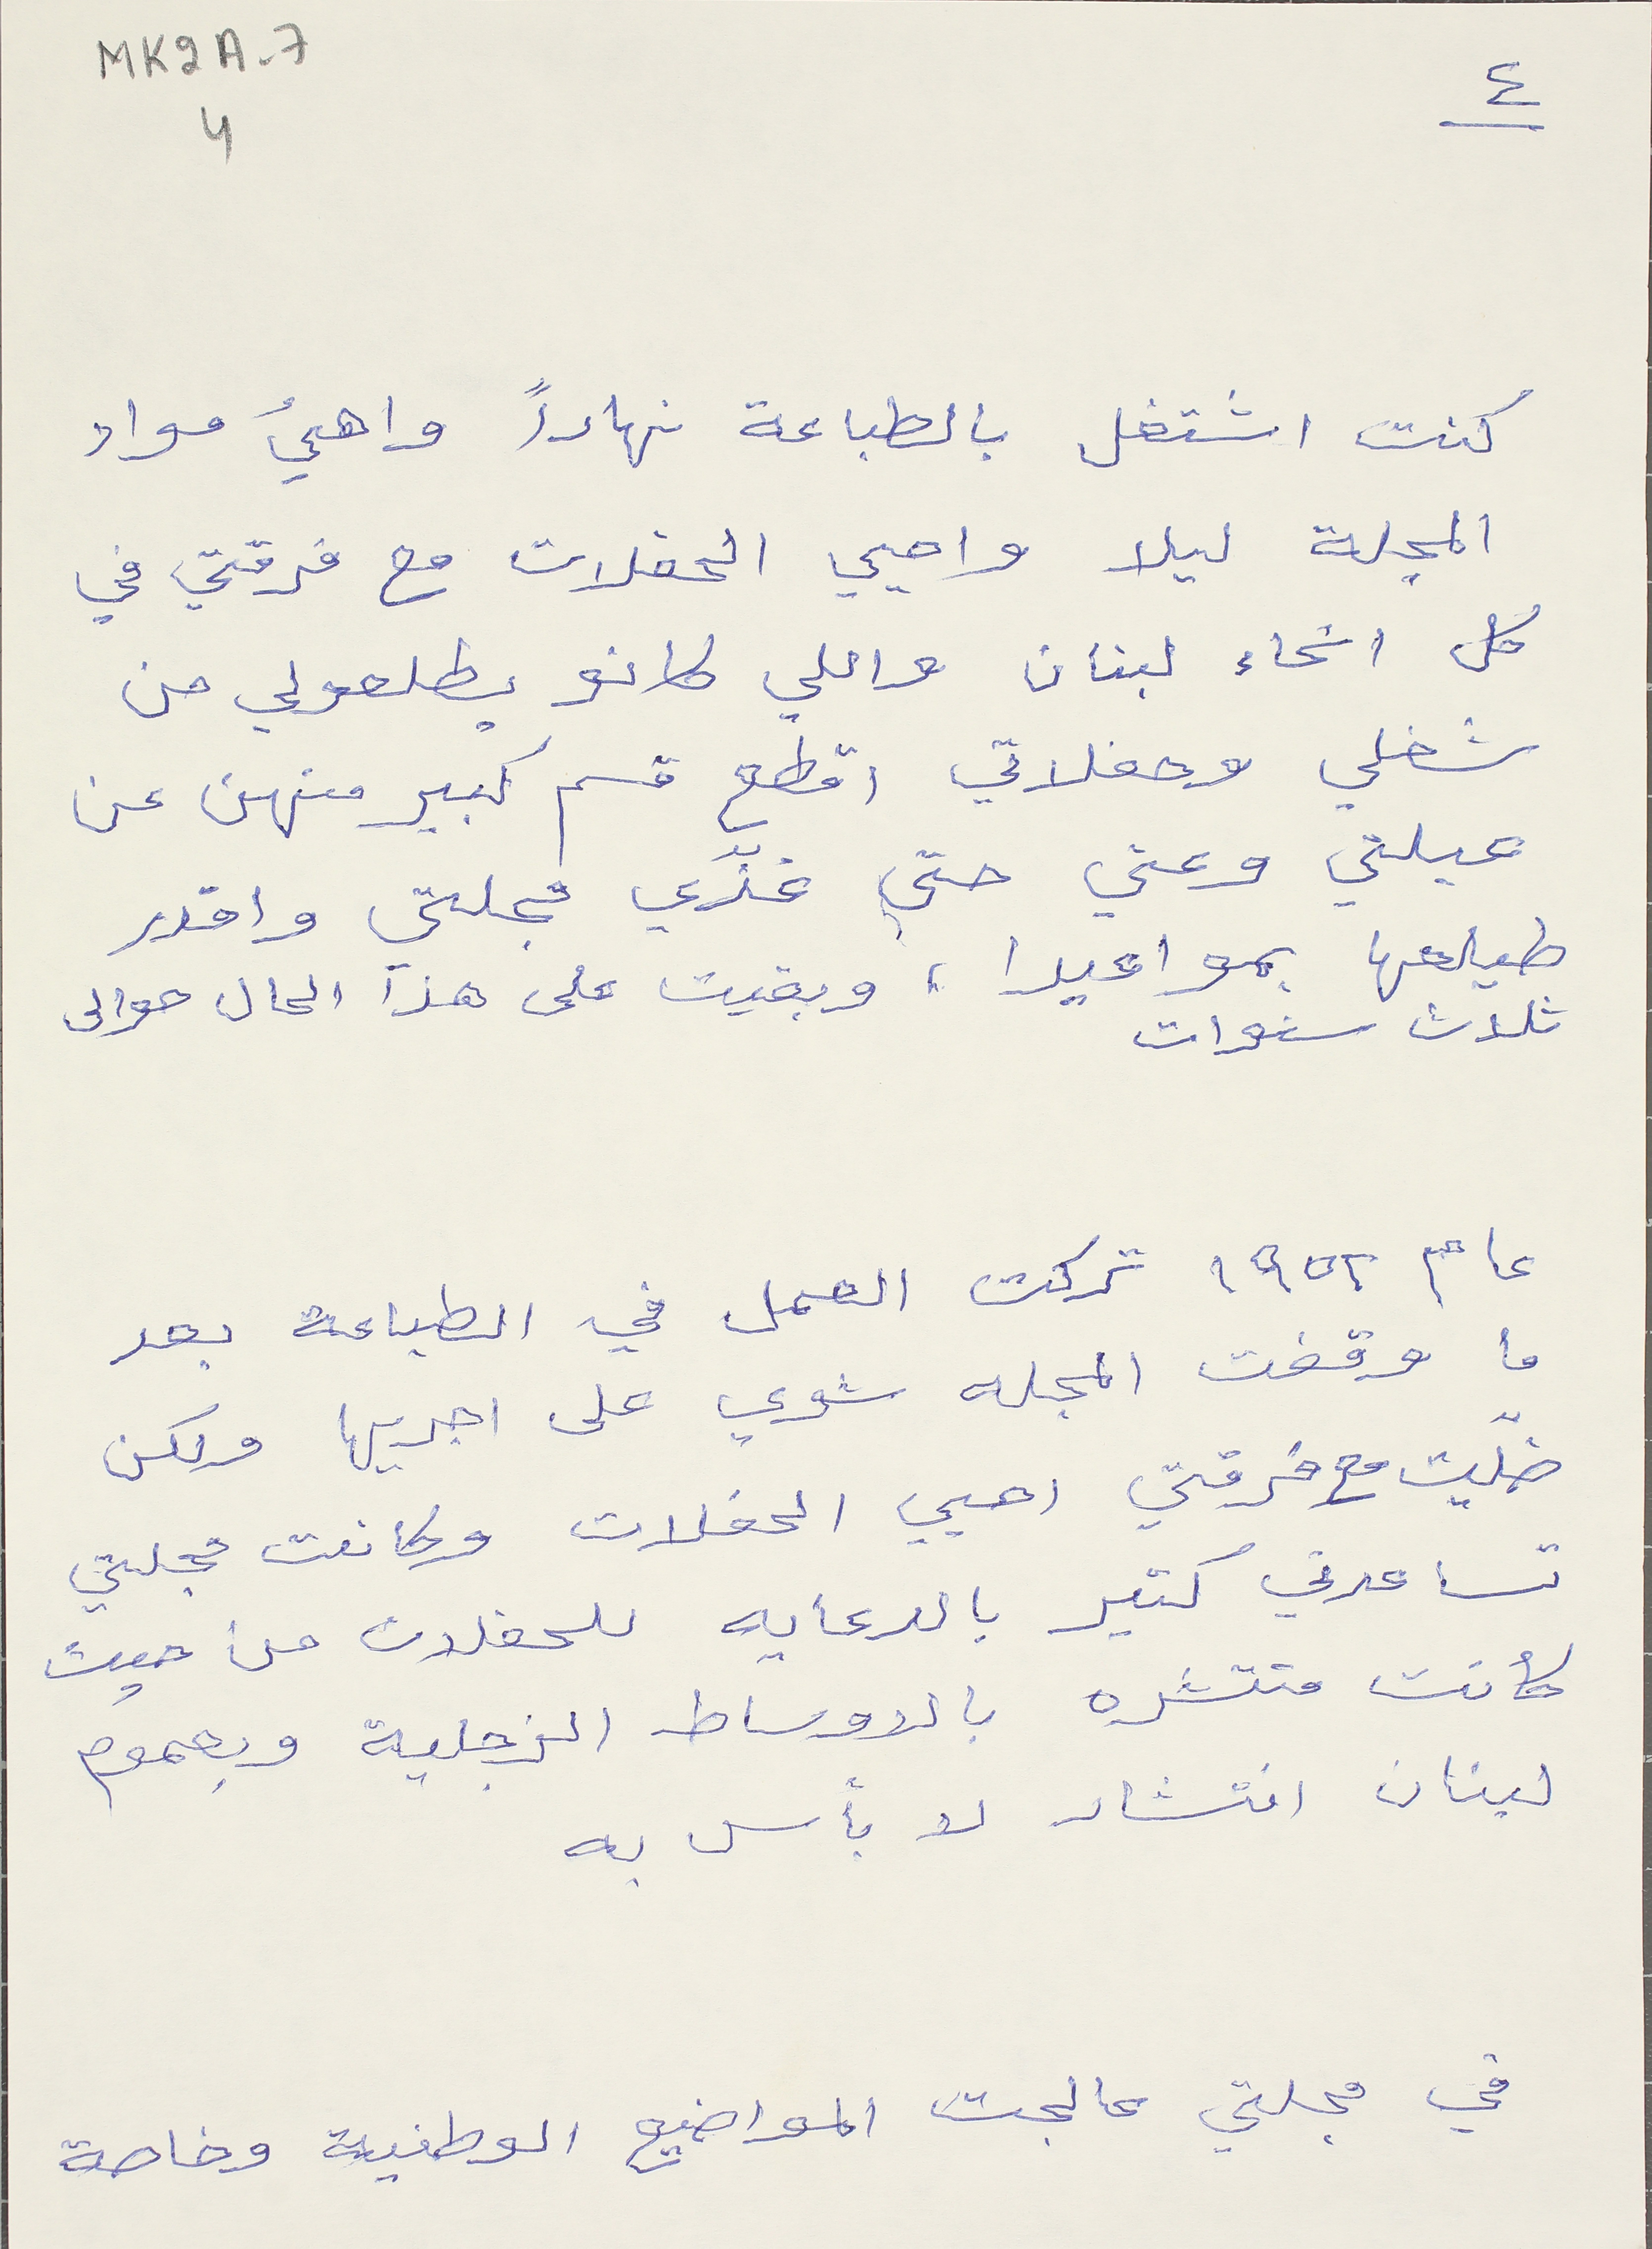
MK2A-7      4
كنت اشتغل بالطباعة نهاراً واهيء مواد
المجلة ليلا واحيي الحفلات مع فرقتي في
كل انحاء لبنان واللي كانو يطلعولي من
شغلي وحفلاتي اقطع قسم كبير منهن عن
عيلتي وعني حتى غذّي مجلتي واقدر
طيلعها بمواعيدا، وبقيت على هذا الحال حوالى
ثلاث سنوات
عام ١٩٥٢ تركت العمل في الطباعة بعد
ما وقفت المجله شوي على اجريها ولكن
ضلّيت مع فرقتي احيي الحفلات وكانت مجلتي
تساعدني كثير بالدعايه للحفلات من حيث
كانت منتشره بالاوساط الزجلية وبعموم
لبنان انتشار لا بأس به
في مجلتي عالجت المواضيع الوطنية وخاصة
٤